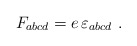
\begin{align*}F_{abcd}=e\, \varepsilon_{abcd}~.\end{align*}